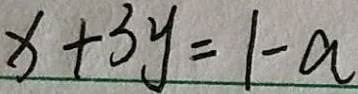
x + 3 y = 1 - a